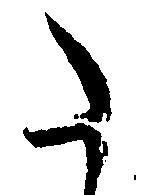
た